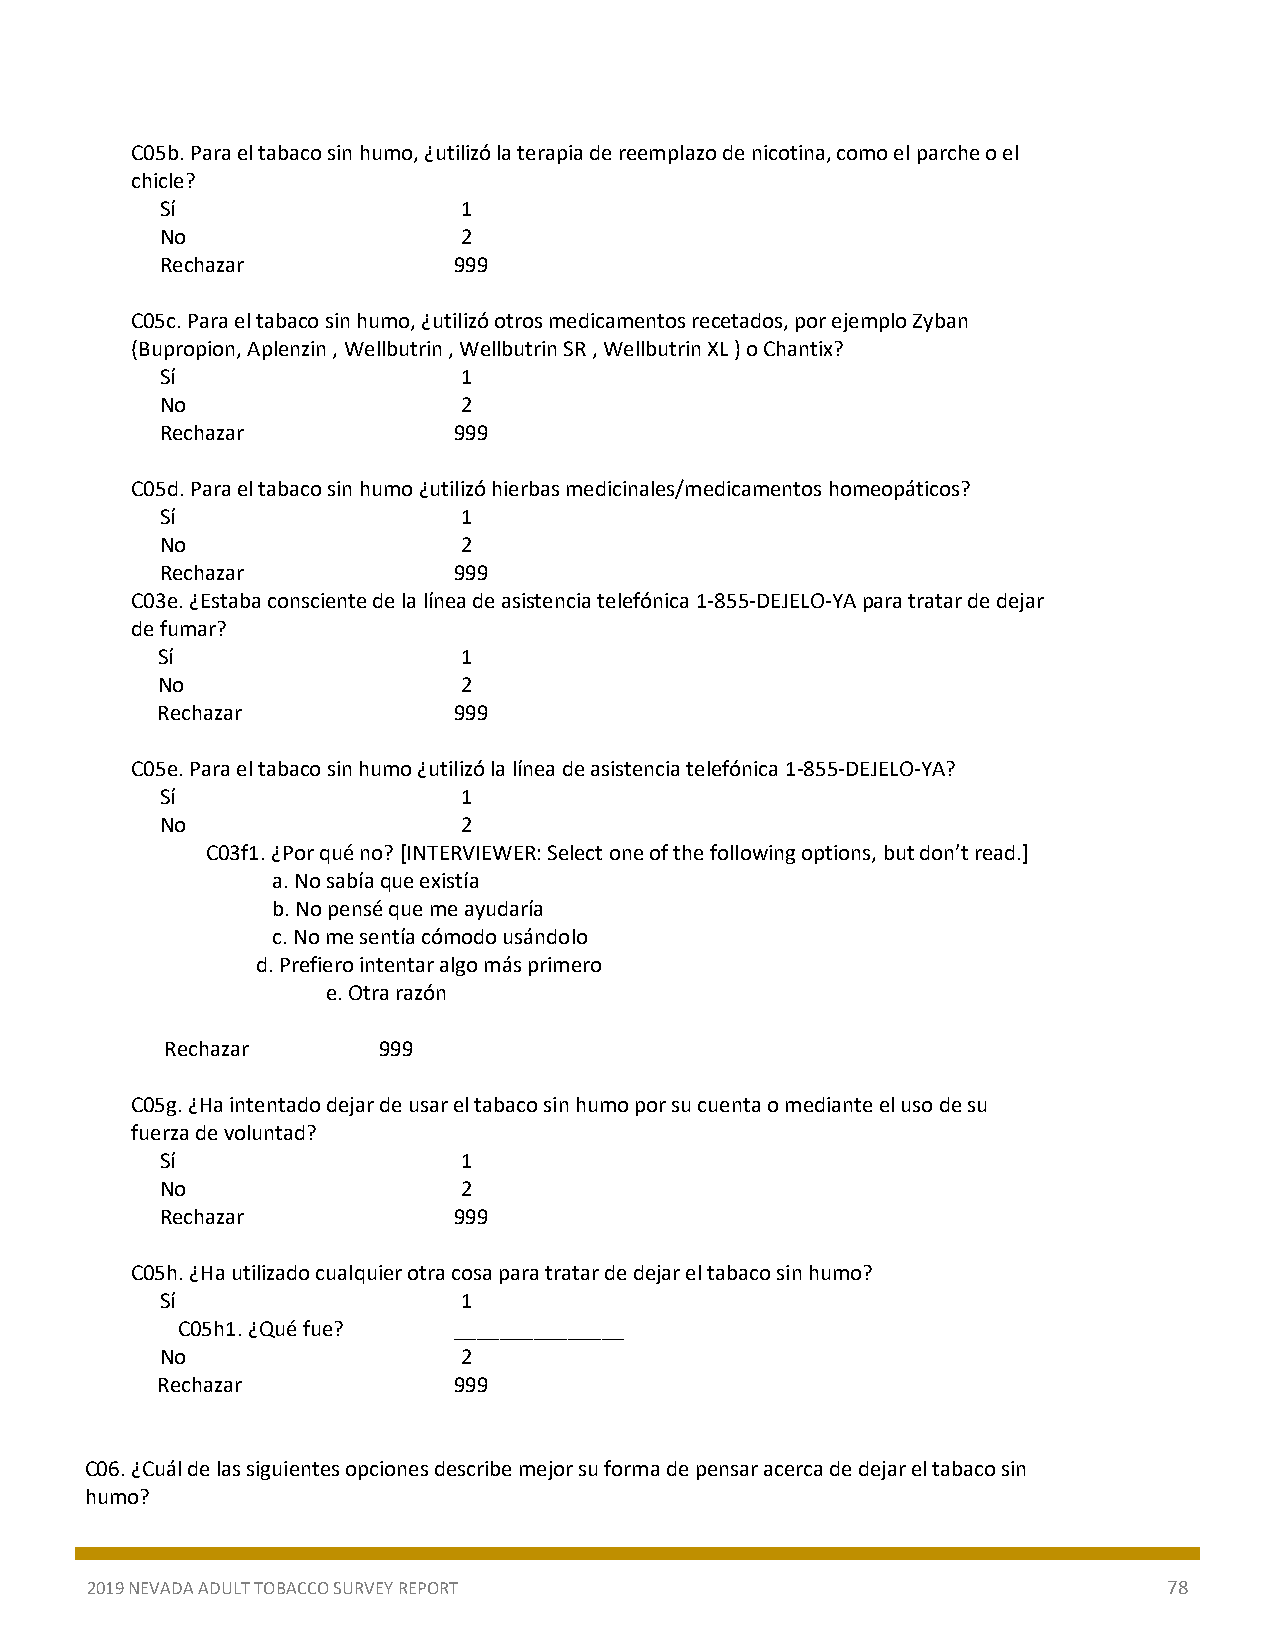
C05b. Para el tabaco sin humo, ¿utilizó la terapia de reemplazo de nicotina, como el parche o el
 chicle?
 Sí                  1
 No                  2
 Rechazar           999
 C05c. Para el tabaco sin humo, ¿utilizó otros medicamentos recetados, por ejemplo Zyban
 (Bupropion, Aplenzin , Wellbutrin , Wellbutrin SR , Wellbutrin XL ) o Chantix?
 Sí                  1
 No                  2
 Rechazar           999
 C05d. Para el tabaco sin humo ¿utilizó hierbas medicinales/medicamentos homeopáticos?
 Sí                  1
 No                  2
 Rechazar           999
 C03e. ¿Estaba consciente de la línea de asistencia telefónica 1-855-DEJELO-YA para tratar de dejar
 de fumar?
 Sí                   1
 No                   2
 Rechazar            999
 C05e. Para el tabaco sin humo ¿utilizó la línea de asistencia telefónica 1-855-DEJELO-YA?
 Sí                  1
 No                  2
 C03f1. ¿Por qué no? [INTERVIEWER: Select one of the following options, but don’t read.]
 a. No sabía que existía
 b. No pensé que me ayudaría
 c. No me sentía cómodo usándolo
 d. Prefiero intentar algo más primero
 e. Otra razón
 Rechazar      999
 C05g. ¿Ha intentado dejar de usar el tabaco sin humo por su cuenta o mediante el uso de su
 fuerza de voluntad?
 Sí                  1
 No                  2
 Rechazar           999
 C05h. ¿Ha utilizado cualquier otra cosa para tratar de dejar el tabaco sin humo?
 Sí                  1
 C05h1. ¿Qué fue?  _______________
 No                  2
 Rechazar            999
 C06. ¿Cuál de las siguientes opciones describe mejor su forma de pensar acerca de dejar el tabaco sin
 humo?
 2019 NEVADA ADULT TOBACCO SURVEY REPORT                                78